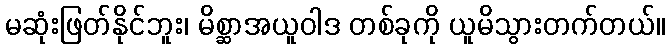
မဆုံးဖြတ်နိုင်ဘူး၊ မိစ္ဆာအယူဝါဒ တစ်ခုကို ယူမိသွားတက်တယ်။